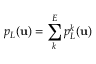
p _ { L } ( { \bf u } ) = \sum _ { k } ^ { E } p _ { L } ^ { k } ( { \bf u } )